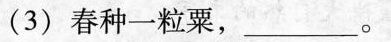
(3)春种一粒粟，___。